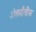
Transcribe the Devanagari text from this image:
अंतर्दंतीय